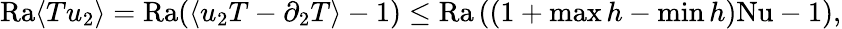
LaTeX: \mathrm{{Ra}}\langle Tu_{2}\rangle=\mathrm{{Ra}}(\langle u_{2}T-\partial_{2}T\rangle-1)\leq\mathrm{{Ra}}\left((1+\operatorname*{max}h-\operatorname*{min}h)\mathrm{{Nu}}-1\right),